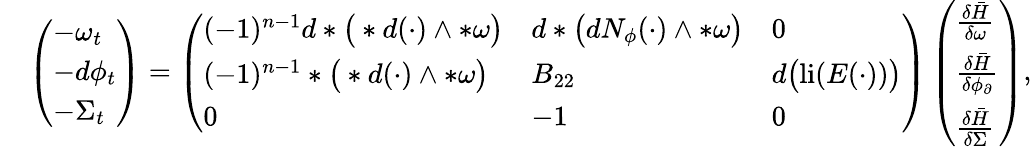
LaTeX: \begin{array}{rl}&{\left(\begin{array}{l}{-\omega_{t}}\\ {-d\phi_{t}}\\ {-\Sigma_{t}}\end{array}\right)=\left(\begin{array}{lll}{(-1)^{n-1}d\ast\big(\ast d(\cdot)\wedge\ast\omega\big)}&{d\ast\big(dN_{\phi}(\cdot)\wedge\ast\omega\big)}&{0}\\ {(-1)^{n-1}\ast\big(\ast d(\cdot)\wedge\ast\omega\big)}&{B_{22}}&{d\big(\mathrm{li}(E(\cdot))\big)}\\ {0}&{-1}&{0}\end{array}\right)\left(\begin{array}{l}{\frac{\delta\bar{H}}{\delta\omega}}\\ {\frac{\delta\bar{H}}{\delta\phi_{\partial}}}\\ {\frac{\delta\bar{H}}{\delta\Sigma}}\end{array}\right),}\end{array}